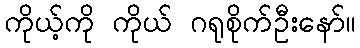
ကိုယ့်ကို ကိုယ် ဂရုစိုက်ဦးနော်။